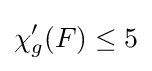
\chi '_{g}(F)\leq 5